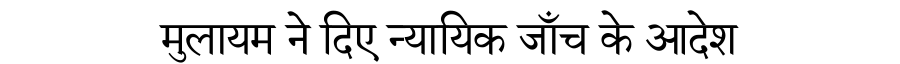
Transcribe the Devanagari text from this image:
मुलायम ने दिए न्यायिक जाँच के आदेश